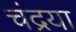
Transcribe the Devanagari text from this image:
चंद्रया